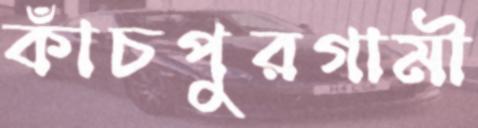
কাঁচপুরগামী